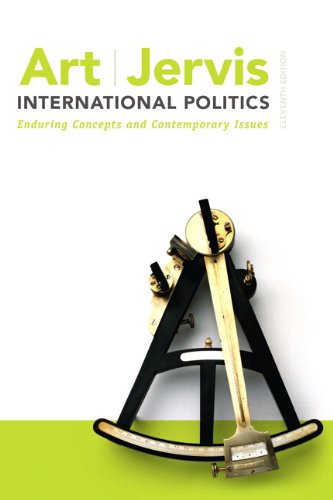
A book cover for International Politics: Enduring Concepts and Contemporary Issues (11th Edition); Robert J. Art; Business & Money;